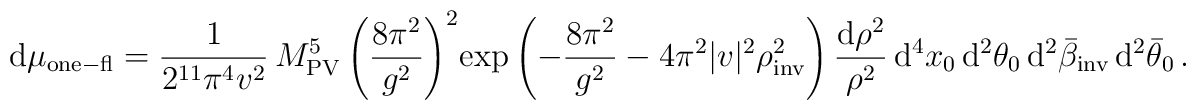
{\rm d}\mu_{\rm one-fl}= \frac{1}{2^{11}\pi^4 v^2 }\, M_{\rm PV}^5 \left( \frac{8\pi^2}{g^2}\right)^2 \!\exp\left( -\frac{8\pi^2}{g^2}-4\pi^2|v|^2\rho^2_{\rm inv}\right) \frac{ {\rm d}\rho^2}{\rho^2}\, {\rm d}^4 x_0\, {\rm d}^2\theta_0 \, {\rm d}^2\bar\beta_{\rm inv}\,  {\rm d}^2\bar\theta_0 \, .